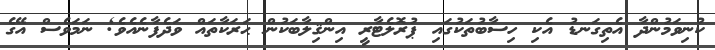
ކުނިވަމުންދާ އެތިގަނޑު އެކި ހިސާބުތަކުގައި ޕުރޮލެޓާރީ އިންޤިލާބަކުން ޙަރަކާތައް ވަދެފާނެއެވެ; ނަމަވެސް އޭގެ